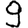
Digit: 9